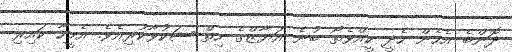
ދޮންބެ އެހެން ހެދީ ކީއްވެތޯ ބުނެ އަޔާޒްގެ ހިތް ޝަކުވާކުރިއެވެ. އެމީހާ ކައިރި